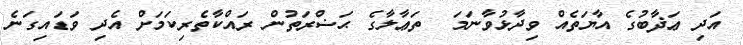
އަދި ޢަޛާބުގެ އާޔަތެއް ވިދާޅުވާނަމަ  ތަޢާލާގެ ޙަޟްރަތުން ރައްކާތެރިކަމަށް އެދި ވަޑައިގަނެ